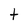
Character: t